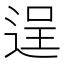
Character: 逞